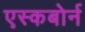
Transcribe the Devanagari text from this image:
एस्कबोर्न